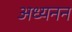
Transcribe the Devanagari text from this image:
अध्यनन